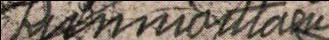
Kunnioittaen